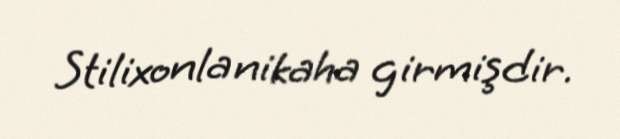
Stilixonla nikaha girmişdir.